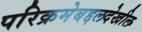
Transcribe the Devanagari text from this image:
परिक्रमेबद्दलदेखील